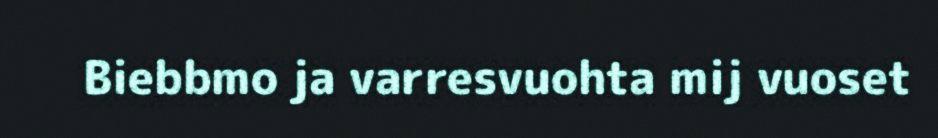
Biebbmo ja varresvuohta mij vuoset